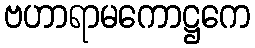
ဗဟာရာမကောဋ္ဌကေ